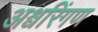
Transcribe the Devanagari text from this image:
अश्वरिंगण